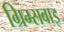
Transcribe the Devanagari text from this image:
ग्रिम्सबाइ